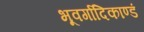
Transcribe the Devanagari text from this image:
भूवर्गादिकाण्डं